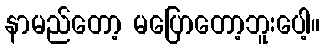
နာမည်တော့ မပြောတော့ဘူးပေါ့။